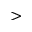
>